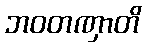
ဘဝတဏှာတိ